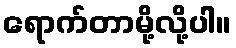
ရောက်တာမို့လို့ပါ။